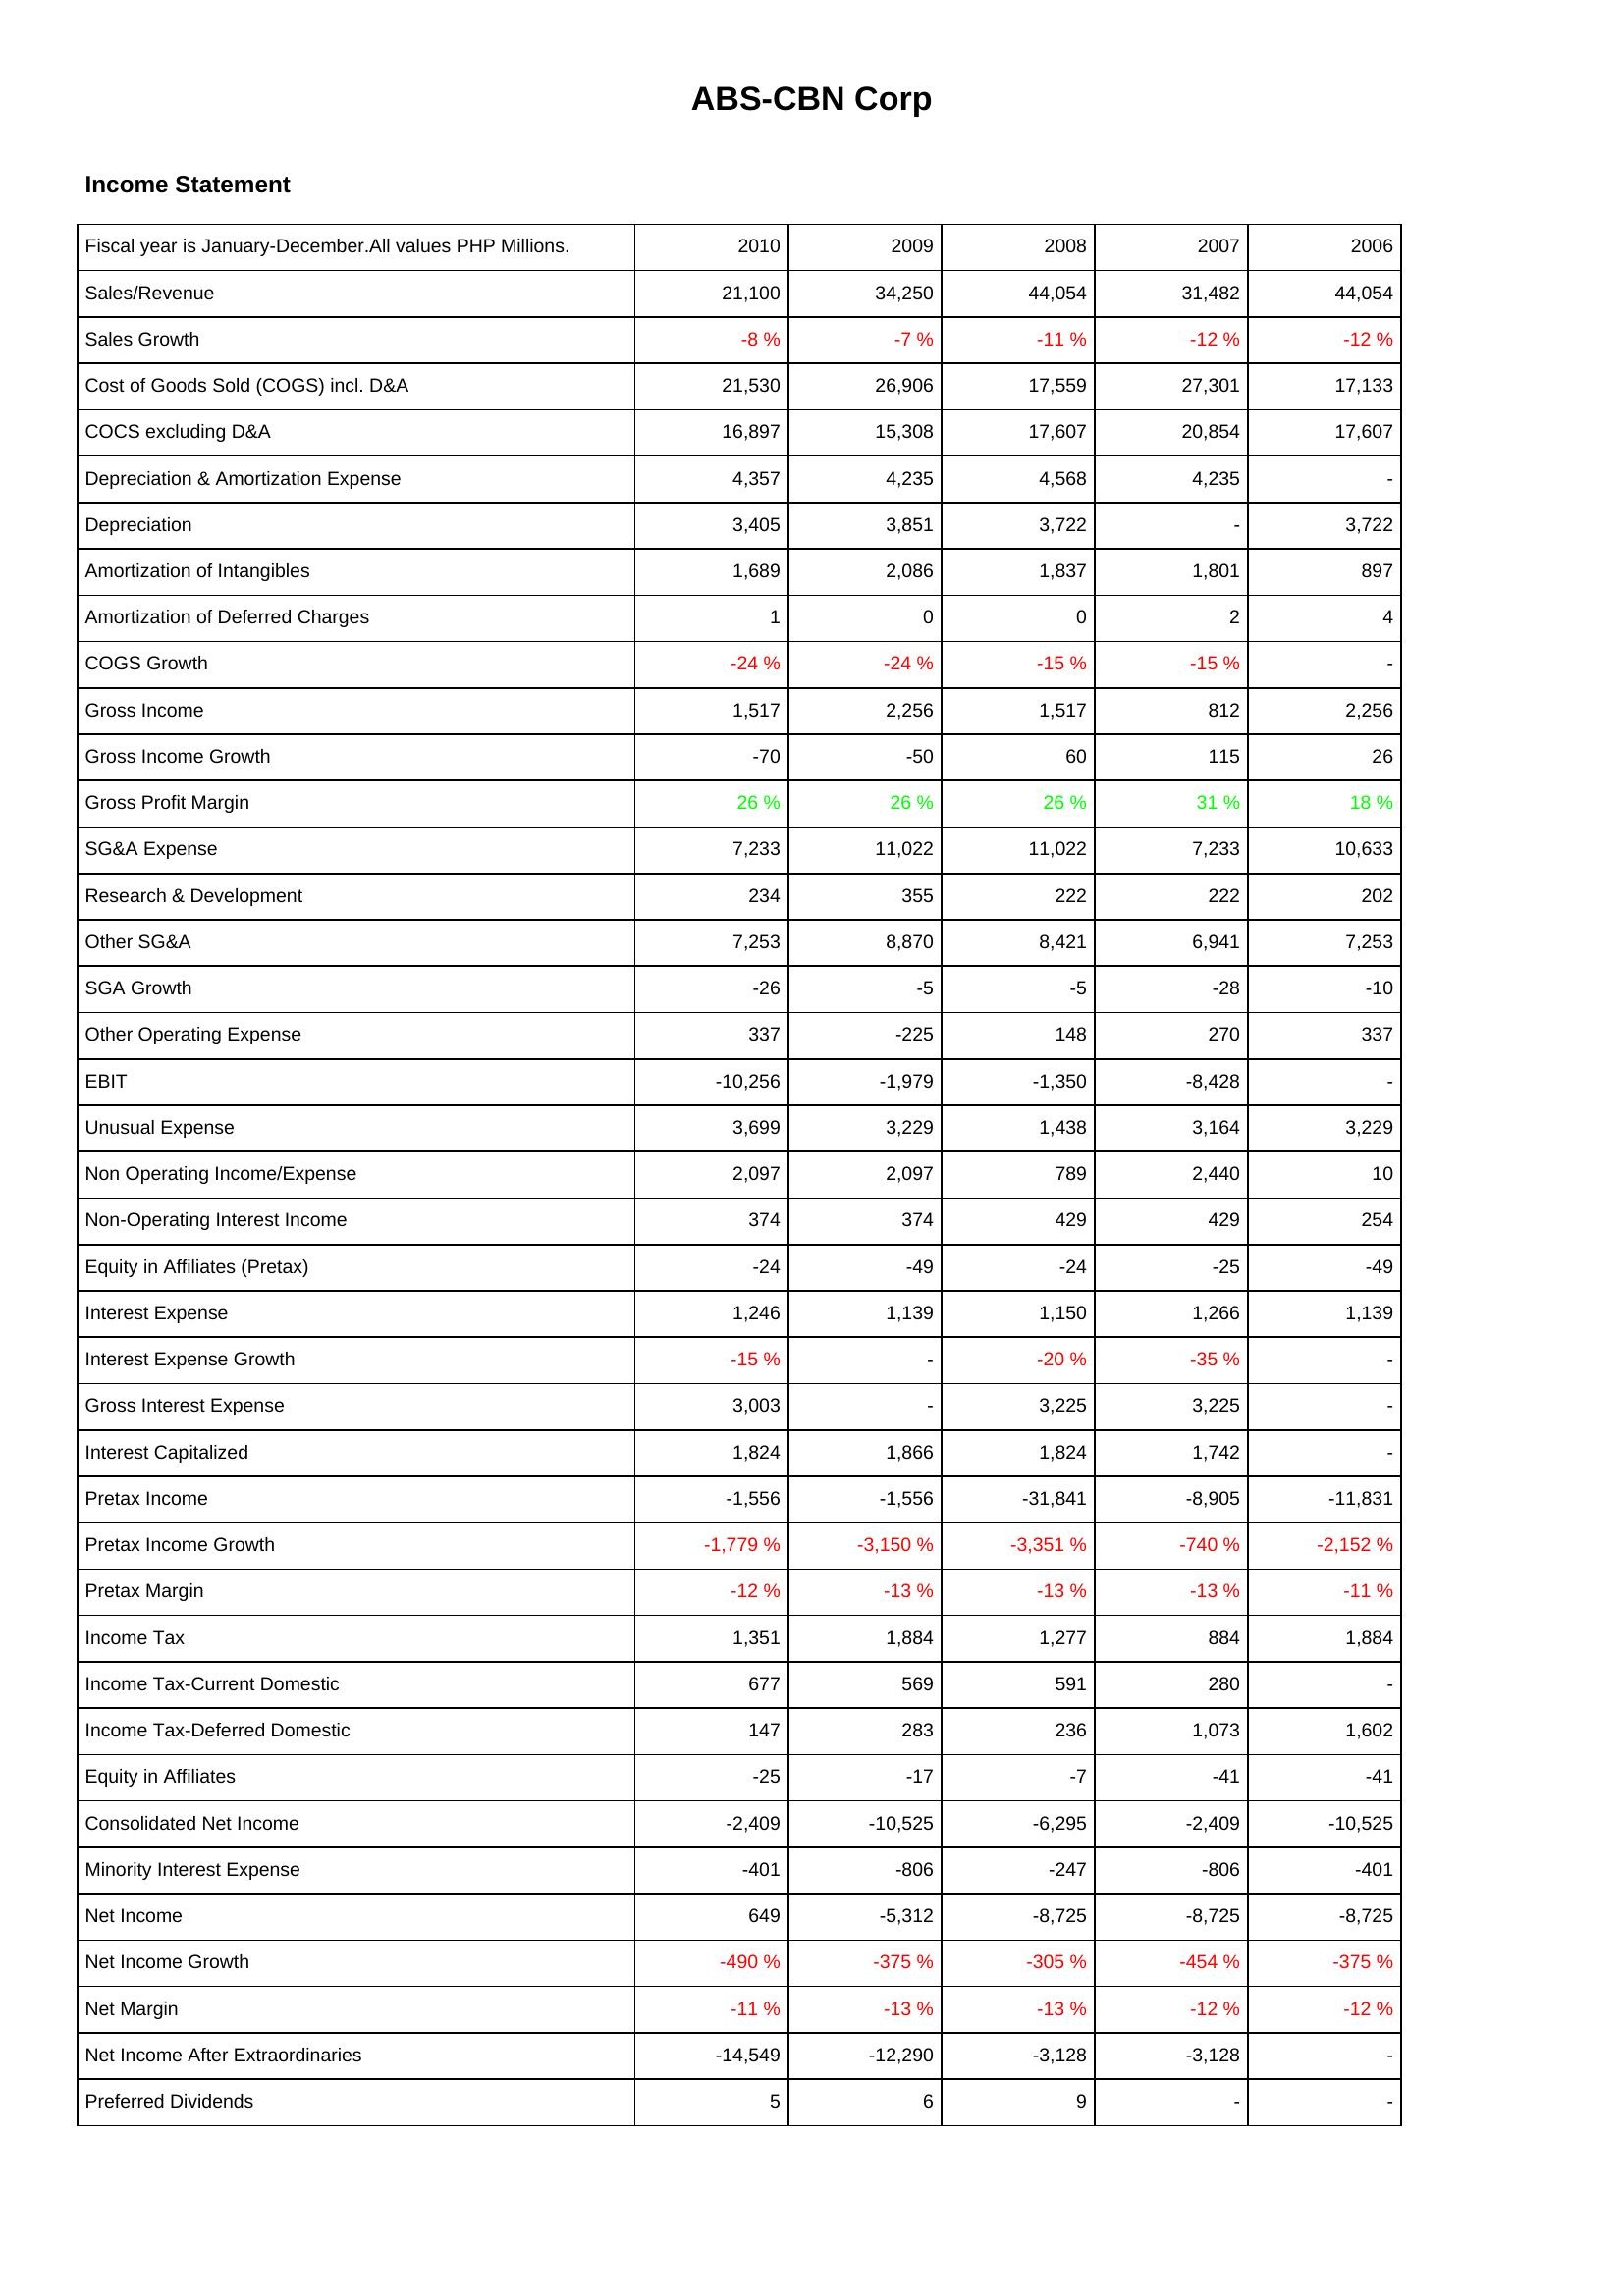
2010: Income Statement: Sales/Revenue: 21,100
Sales Growth: -8 %
Cost of Goods Sold (COGS) incl. D&A: 21,530
COCS excluding D&A: 16,897
Depreciation & Amortization Expense: 4,357
Depreciation: 3,405
Amortization of Intangibles: 1,689
Amortization of Deferred Charges: 1
COGS Growth: -24 %
Gross Income: 1,517
Gross Income Growth: -70
Gross Profit Margin: 26 %
SG&A Expense: 7,233
Research & Development: 234
Other SG&A: 7,253
SGA Growth: -26
Other Operating Expense: 337
EBIT: -10,256
Unusual Expense: 3,699
Non Operating Income/Expense: 2,097
Non-Operating Interest Income: 374
Equity in Affiliates (Pretax): -24
Interest Expense: 1,246
Interest Expense Growth: -15 %
Gross Interest Expense: 3,003
Interest Capitalized: 1,824
Pretax Income: -1,556
Pretax Income Growth: -1,779 %
Pretax Margin: -12 %
Income Tax: 1,351
Income Tax-Current Domestic: 677
Income Tax-Deferred Domestic: 147
Equity in Affiliates: -25
Consolidated Net Income: -2,409
Minority Interest Expense: -401
Net Income: 649
Net Income Growth: -490 %
Net Margin: -11 %
Net Income After Extraordinaries: -14,549
Preferred Dividends: 5
2009: Income Statement: Sales/Revenue: 34,250
Sales Growth: -7 %
Cost of Goods Sold (COGS) incl. D&A: 26,906
COCS excluding D&A: 15,308
Depreciation & Amortization Expense: 4,235
Depreciation: 3,851
Amortization of Intangibles: 2,086
Amortization of Deferred Charges: 0
COGS Growth: -24 %
Gross Income: 2,256
Gross Income Growth: -50
Gross Profit Margin: 26 %
SG&A Expense: 11,022
Research & Development: 355
Other SG&A: 8,870
SGA Growth: -5
Other Operating Expense: -225
EBIT: -1,979
Unusual Expense: 3,229
Non Operating Income/Expense: 2,097
Non-Operating Interest Income: 374
Equity in Affiliates (Pretax): -49
Interest Expense: 1,139
Interest Expense Growth: -
Gross Interest Expense: -
Interest Capitalized: 1,866
Pretax Income: -1,556
Pretax Income Growth: -3,150 %
Pretax Margin: -13 %
Income Tax: 1,884
Income Tax-Current Domestic: 569
Income Tax-Deferred Domestic: 283
Equity in Affiliates: -17
Consolidated Net Income: -10,525
Minority Interest Expense: -806
Net Income: -5,312
Net Income Growth: -375 %
Net Margin: -13 %
Net Income After Extraordinaries: -12,290
Preferred Dividends: 6
2008: Income Statement: Sales/Revenue: 44,054
Sales Growth: -11 %
Cost of Goods Sold (COGS) incl. D&A: 17,559
COCS excluding D&A: 17,607
Depreciation & Amortization Expense: 4,568
Depreciation: 3,722
Amortization of Intangibles: 1,837
Amortization of Deferred Charges: 0
COGS Growth: -15 %
Gross Income: 1,517
Gross Income Growth: 60
Gross Profit Margin: 26 %
SG&A Expense: 11,022
Research & Development: 222
Other SG&A: 8,421
SGA Growth: -5
Other Operating Expense: 148
EBIT: -1,350
Unusual Expense: 1,438
Non Operating Income/Expense: 789
Non-Operating Interest Income: 429
Equity in Affiliates (Pretax): -24
Interest Expense: 1,150
Interest Expense Growth: -20 %
Gross Interest Expense: 3,225
Interest Capitalized: 1,824
Pretax Income: -31,841
Pretax Income Growth: -3,351 %
Pretax Margin: -13 %
Income Tax: 1,277
Income Tax-Current Domestic: 591
Income Tax-Deferred Domestic: 236
Equity in Affiliates: -7
Consolidated Net Income: -6,295
Minority Interest Expense: -247
Net Income: -8,725
Net Income Growth: -305 %
Net Margin: -13 %
Net Income After Extraordinaries: -3,128
Preferred Dividends: 9
2007: Income Statement: Sales/Revenue: 31,482
Sales Growth: -12 %
Cost of Goods Sold (COGS) incl. D&A: 27,301
COCS excluding D&A: 20,854
Depreciation & Amortization Expense: 4,235
Depreciation: -
Amortization of Intangibles: 1,801
Amortization of Deferred Charges: 2
COGS Growth: -15 %
Gross Income: 812
Gross Income Growth: 115
Gross Profit Margin: 31 %
SG&A Expense: 7,233
Research & Development: 222
Other SG&A: 6,941
SGA Growth: -28
Other Operating Expense: 270
EBIT: -8,428
Unusual Expense: 3,164
Non Operating Income/Expense: 2,440
Non-Operating Interest Income: 429
Equity in Affiliates (Pretax): -25
Interest Expense: 1,266
Interest Expense Growth: -35 %
Gross Interest Expense: 3,225
Interest Capitalized: 1,742
Pretax Income: -8,905
Pretax Income Growth: -740 %
Pretax Margin: -13 %
Income Tax: 884
Income Tax-Current Domestic: 280
Income Tax-Deferred Domestic: 1,073
Equity in Affiliates: -41
Consolidated Net Income: -2,409
Minority Interest Expense: -806
Net Income: -8,725
Net Income Growth: -454 %
Net Margin: -12 %
Net Income After Extraordinaries: -3,128
Preferred Dividends: -
2006: Income Statement: Sales/Revenue: 44,054
Sales Growth: -12 %
Cost of Goods Sold (COGS) incl. D&A: 17,133
COCS excluding D&A: 17,607
Depreciation & Amortization Expense: -
Depreciation: 3,722
Amortization of Intangibles: 897
Amortization of Deferred Charges: 4
COGS Growth: -
Gross Income: 2,256
Gross Income Growth: 26
Gross Profit Margin: 18 %
SG&A Expense: 10,633
Research & Development: 202
Other SG&A: 7,253
SGA Growth: -10
Other Operating Expense: 337
EBIT: -
Unusual Expense: 3,229
Non Operating Income/Expense: 10
Non-Operating Interest Income: 254
Equity in Affiliates (Pretax): -49
Interest Expense: 1,139
Interest Expense Growth: -
Gross Interest Expense: -
Interest Capitalized: -
Pretax Income: -11,831
Pretax Income Growth: -2,152 %
Pretax Margin: -11 %
Income Tax: 1,884
Income Tax-Current Domestic: -
Income Tax-Deferred Domestic: 1,602
Equity in Affiliates: -41
Consolidated Net Income: -10,525
Minority Interest Expense: -401
Net Income: -8,725
Net Income Growth: -375 %
Net Margin: -12 %
Net Income After Extraordinaries: -
Preferred Dividends: -